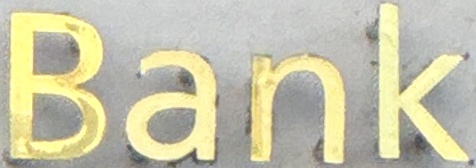
Bank